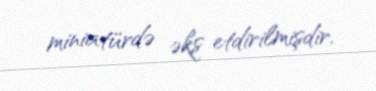
miniatürdə əks etdirilmişdir.